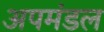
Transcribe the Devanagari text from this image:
अपमंडल